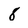
Character: 8